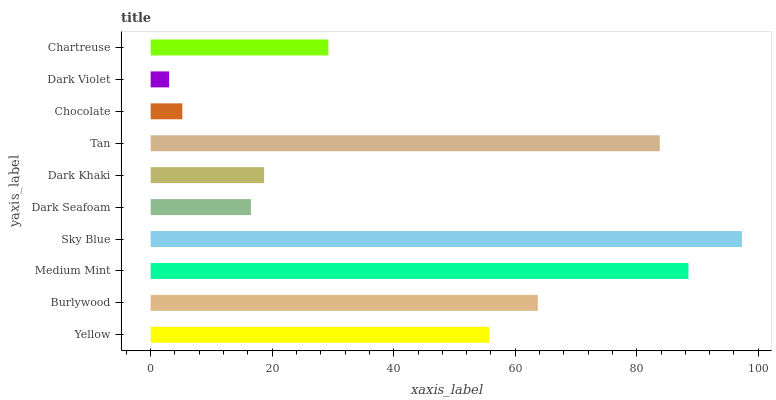
| yaxis_label | bars |
 | --- | --- |
 | Yellow | 55.7 |
 | Burlywood | 63.7 |
 | Medium Mint | 88.5 |
 | Sky Blue | 97.3 |
 | Dark Seafoam | 16.5 |
 | Dark Khaki | 18.7 |
 | Tan | 83.8 |
 | Chocolate | 5.22 |
 | Dark Violet | 3.04 |
 | Chartreuse | 29.2 |